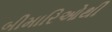
બીમારિઓથી